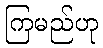
ကြမည်ဟု